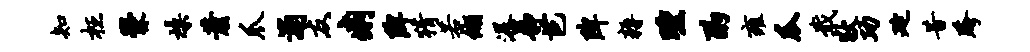
知枉爨燥萧爪浦友痢陴猜若缬瀑静芭陴耨曛酌雍瓜戢狄功延昔跨